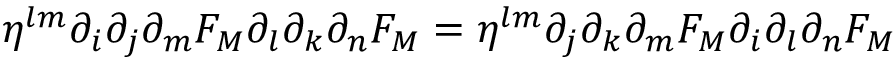
\eta ^ { l m } \partial _ { i } \partial _ { j } \partial _ { m } F _ { M } \partial _ { l } \partial _ { k } \partial _ { n } F _ { M } = \eta ^ { l m } \partial _ { j } \partial _ { k } \partial _ { m } F _ { M } \partial _ { i } \partial _ { l } \partial _ { n } F _ { M }